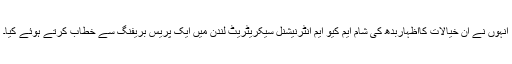
انہوں نے ان خیالات کااظہاربدھ کی شام ایم کیو ایم انٹرنیشنل سیکریٹریٹ لندن میں ایک پریس بریفنگ سے خطاب کرتے ہوئے کیا۔